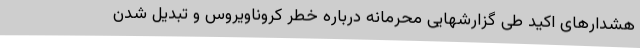
هشدارهای اکید طی گزارشهایی محرمانه درباره خطر کروناویروس و تبدیل شدن